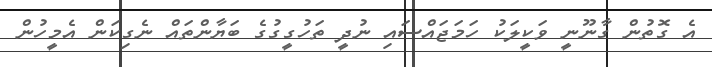
އެ ގޮތުން ގާނޫނީ ވަކީލަކު ހަމަޖައްސައި ނުދީ ތަހުގީގުގެ ބަޔާންތައް ނެގިކަން އެމީހުން